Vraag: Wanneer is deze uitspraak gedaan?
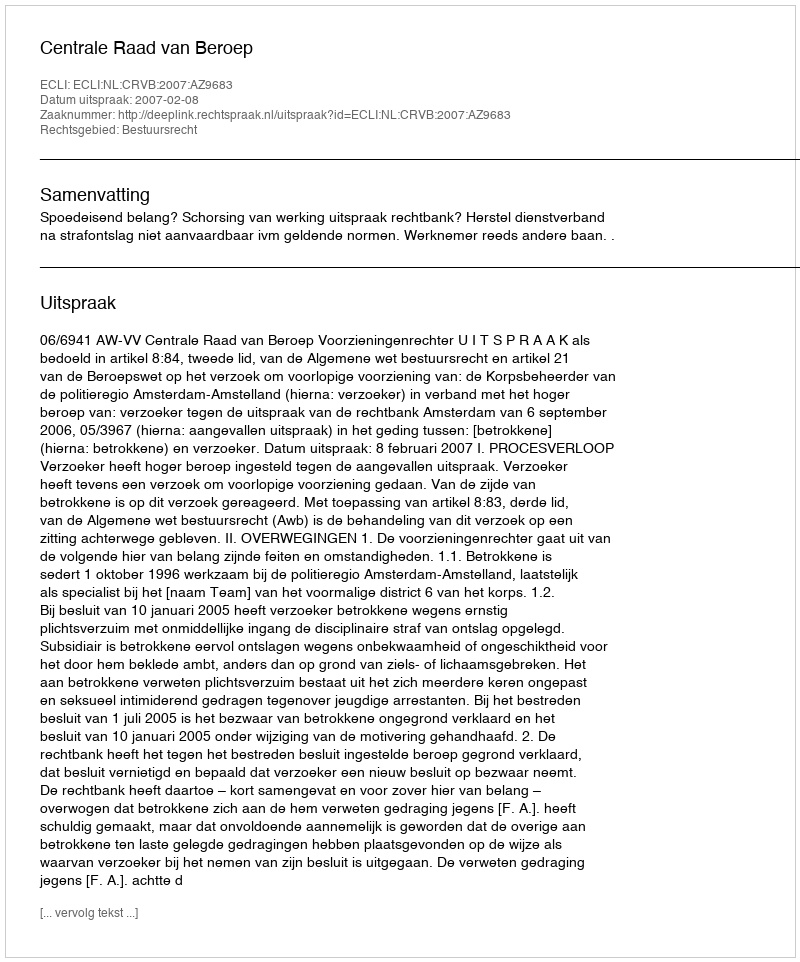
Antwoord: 2007-02-08